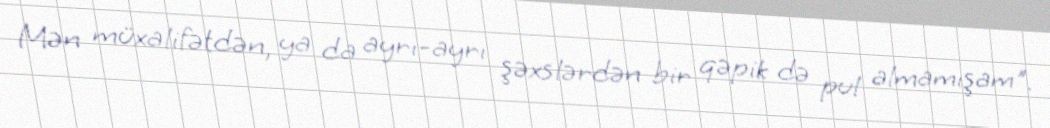
Mən müxalifətdən, ya da ayrı-ayrı şəxslərdən bir qəpik də pul almamışam".